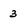
Character: 3